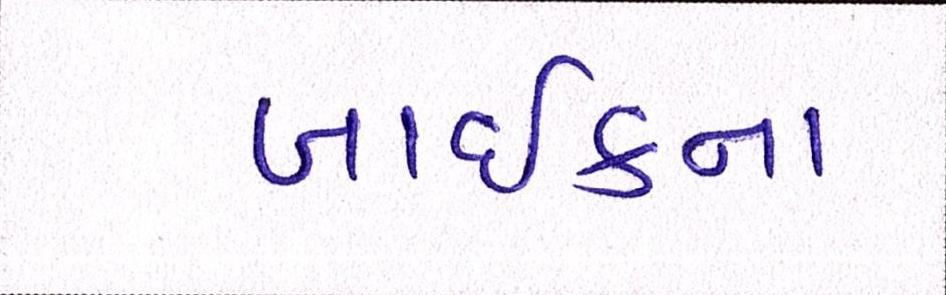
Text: બાઈકના